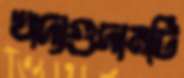
খাদ্যগুদামটি